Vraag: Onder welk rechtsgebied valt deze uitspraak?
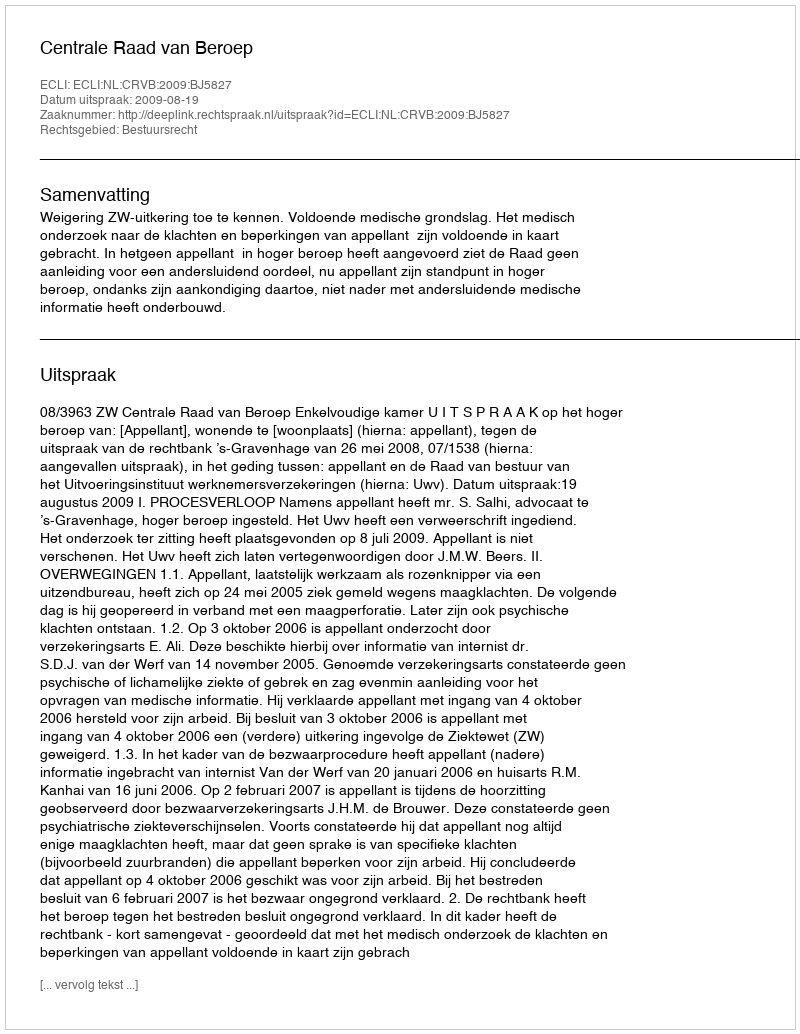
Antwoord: Bestuursrecht